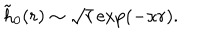
\tilde { h } _ { 0 } ( r ) \sim \sqrt { r } \exp ( - \kappa r ) .